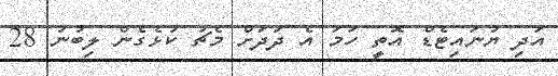
އަދި ޔުނައިޓެޑް އޮތީ ހަމަ އެ ދަދަށް މެޗު ކުޅެގެން ލިބުނު 28